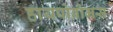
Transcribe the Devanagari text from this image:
हायपोब्रोमस